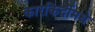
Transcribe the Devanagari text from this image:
कारकिर्दीमधे